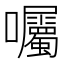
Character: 囑